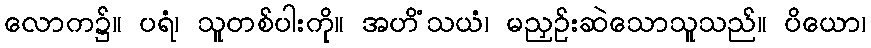
လောက၌။ ပရံ၊ သူတစ်ပါးကို။ အဟိံသယံ၊ မညှဉ်းဆဲသောသူသည်။ ပိယော၊